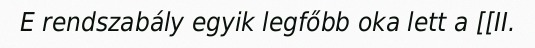
E rendszabály egyik legfőbb oka lett a [[II.